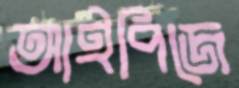
আইপিজে